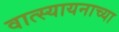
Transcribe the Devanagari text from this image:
वात्स्यायनाच्या